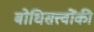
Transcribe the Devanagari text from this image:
बोधिसत्त्‍वोंकी